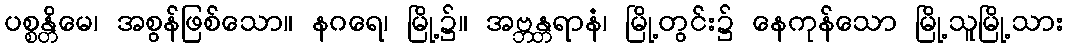
ပစ္စန္တိမေ၊ အစွန်ဖြစ်သော။ နဂရေ၊ မြို့၌။ အဗ္ဘန္တရာနံ၊ မြို့တွင်း၌ နေကုန်သော မြို့သူမြို့သား